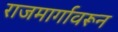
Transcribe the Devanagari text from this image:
राजमार्गावरून